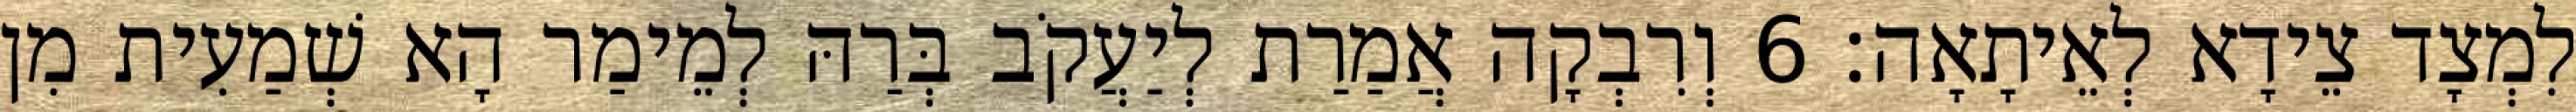
לִמְצָד צֵידָא לְאֵיתָאָה׃ 6 וְרִבְקָה אֲמַרַת לְיַעֲקֹב בְּרַהּ לְמֵימַר הָא שְׁמַעִית מִן